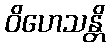
ဝိဟေသန္တိ